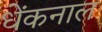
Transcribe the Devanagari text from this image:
धेंकनाल